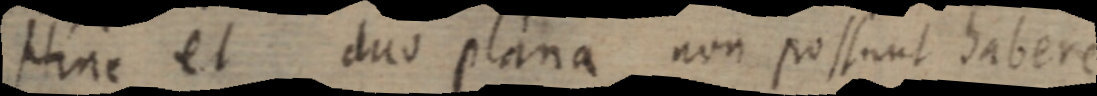
Hinc et duo plana non possunt habere